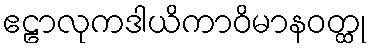
ဧဠာလုကဒါယိကာဝိမာနဝတ္ထု